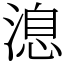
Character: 㴧